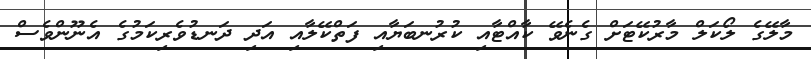
މާލޭގެ ލޯކަލް މާރުކޭޓަށް ގެނެވޭ ކާއްޓާއި ކުރުނބަޔާއި ފަތްކޭލާއި އަދި ދަނޑުވެރިކަމުގެ އެނޫންވެސް